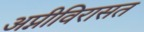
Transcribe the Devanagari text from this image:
अप्नीविरासत